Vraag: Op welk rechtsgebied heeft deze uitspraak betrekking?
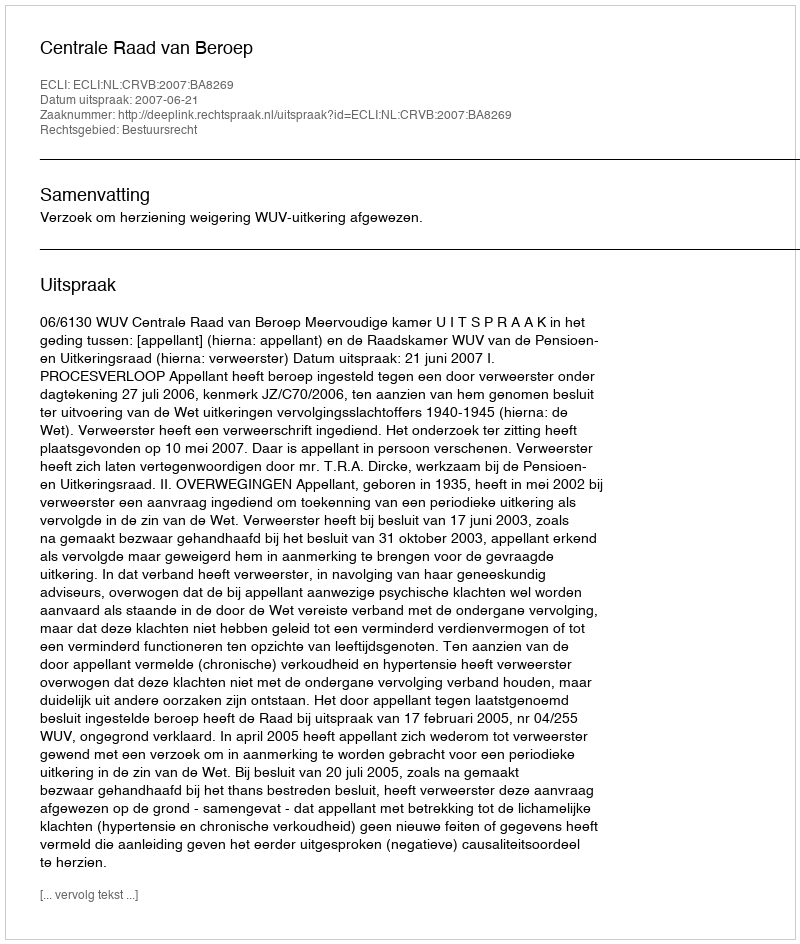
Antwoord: Bestuursrecht